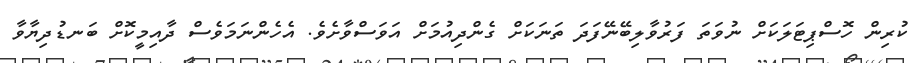
ކުރިން ހޮސްޕިޓަލަކަށް ނުވަތަ ފަރުވާލިބޭނޭފަދަ ތަނަކަށް ގެންދިއުމަށް އަވަސްވާށެވެ. އެހެންނަމަވެސް ދާއިމީކޮށް ބަނޑުދިޔާވާ